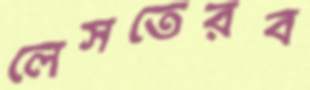
লেসতেরব